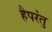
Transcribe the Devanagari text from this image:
हैपरंतु